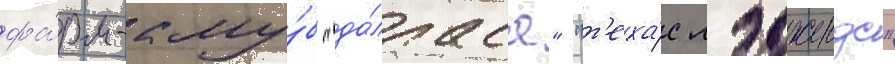
фа́рм-клу́б "да́лласа" "т'еха́с лэджендс"